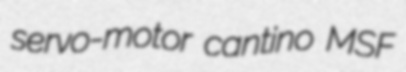
servo-motor cantino MSF